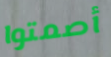
أصمتوا